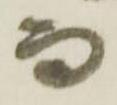
而